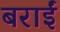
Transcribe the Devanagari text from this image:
बराईं